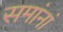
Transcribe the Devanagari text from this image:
समांनां